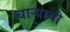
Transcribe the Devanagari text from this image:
चाऱ्याची